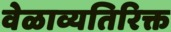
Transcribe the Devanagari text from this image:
वेळाव्यतिरिक्त